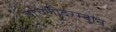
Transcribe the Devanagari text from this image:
चाचणीदरम्यान